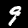
Digit: 9